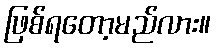
ဖြစ်ရတော့မည်လား။